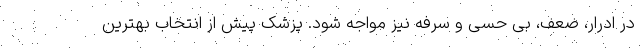
در ادرار، ضعف، بی حسی و سرفه نیز مواجه شود. پزشک پیش از انتخاب بهترین